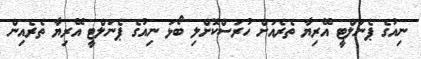
ނިއުގެ ޕެނަލްޓީ އޭރިޔާ ތެރެއަށް ހުރަސްކޮށްލި ބޯޅަ ނިއުގެ ޕެނަލްޓީ އޭރިޔާ ތެރެއިން